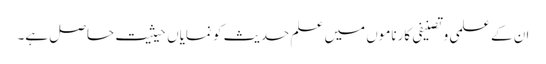
ان کے علمی وتصنیفی کارناموں میں علم حدیث کو نمایاں حیثیت حاصل ہے۔